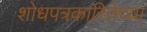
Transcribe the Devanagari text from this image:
शोधपत्रकारितेच्या